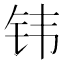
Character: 𬬬